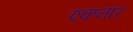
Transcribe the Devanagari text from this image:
एकनार